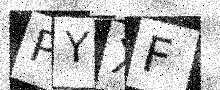
Text: PYXF